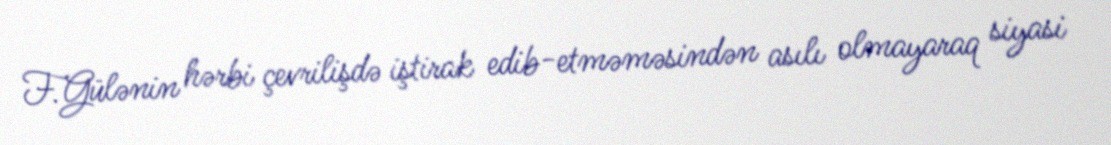
F.Gülənin hərbi çevrilişdə iştirak edib-etməməsindən asılı olmayaraq siyasi